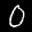
Label: 0